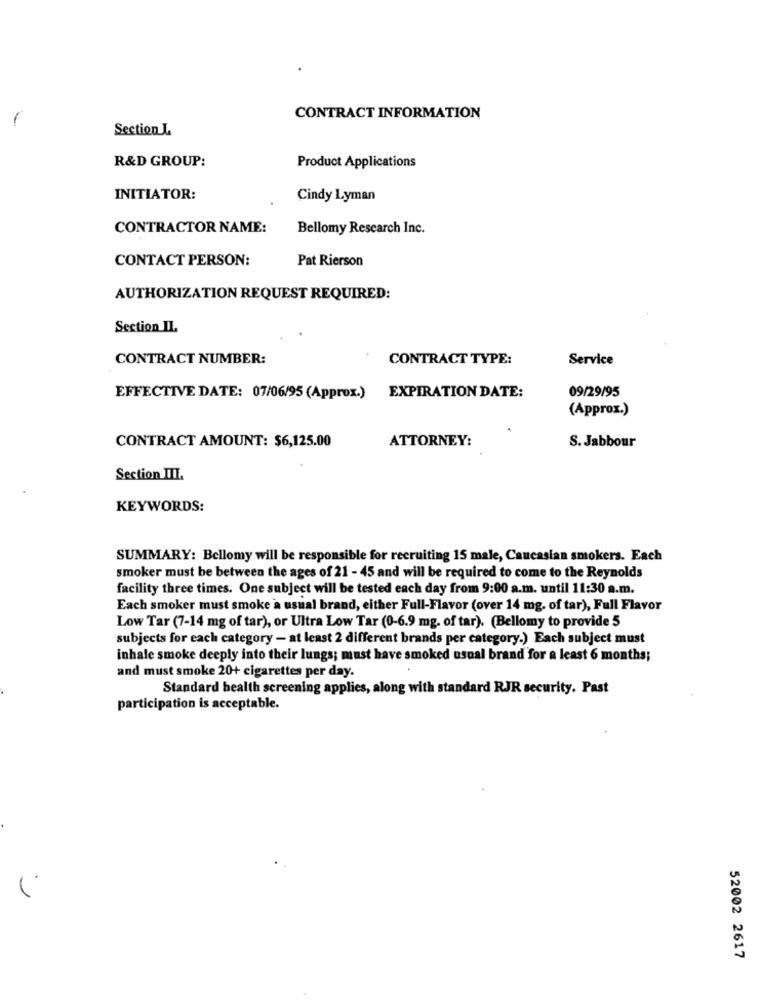
CONTRACT INFORMATION
Section L
R&D GROUP:
Product Applications
INITIATOR:
Cindy Lyman
CONTRACTOR NAME:
Bellomy Research Inc.
CONTACT PERSON:
Pat Rierson
AUTHORIZATION REQUEST REQUIRED:
Section II.
CONTRACT NUMBER:
CONTRACT TYPE:
Service
09/29/95
EFFECTIVE DATE: 07/06/95 (Approx.) EXPIRATION DATE:
(Approx.)
ATTORNEY:
S. Jabbour
CONTRACT AMOUNT: $6,125.00
Section III.
KEYWORDS:
SUMMARY: Bellomy will be responsible for recruiting 15 male, Caucasian smokers. Each
smoker must be between the ages of 21 - 45 and will be required to come to the Reynolds
facility three times. One subject will be tested each day from 9:00 a.m. until 11:30 a.m.
Each smoker must smoke a usual brand, either Full-Flavor (over 14 mg, of tar), Full Flavor
Low Tar (7-14 mg of tar), or Ultra Low Tar (0-6.9 mg. of tar). (Bellomy to provide 5
subjects for each category - at least 2 different brands per category.) Each subject must
inhale smoke deeply into their lungs; must have smoked usual brand for a least 6 months;
and must smoke 20+ cigarettes per day.
Standard health screening applies, along with standard RJR security. Past
participation is acceptable.
52002 2617